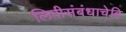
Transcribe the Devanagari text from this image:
लिपीसंबंधाचेहि